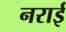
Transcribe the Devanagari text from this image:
नराई